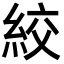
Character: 絞